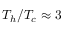
T _ { h } / T _ { c } \approx 3